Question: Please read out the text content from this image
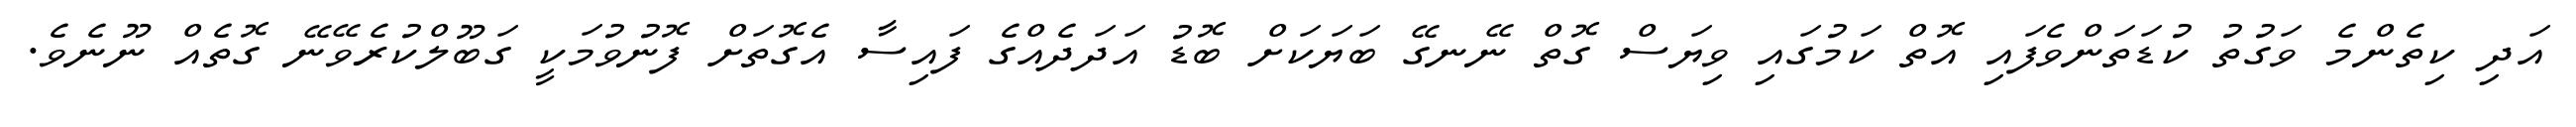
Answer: އަދި ކިތެންމެ ވަގުތު ކުޑަތަންވެފައި އޮތް ކަމުގައި ވިޔަސް ގޮތް ނޭނގޭ ބަޔަކަށް ބޮޑު އަދަދެއްގެ ފައިސާ އެގޮތަށް ފޮނުވުމަކީ ގަބޫލްކުރެވޭނޭ ގޮތެއް ނޫނެވެ.